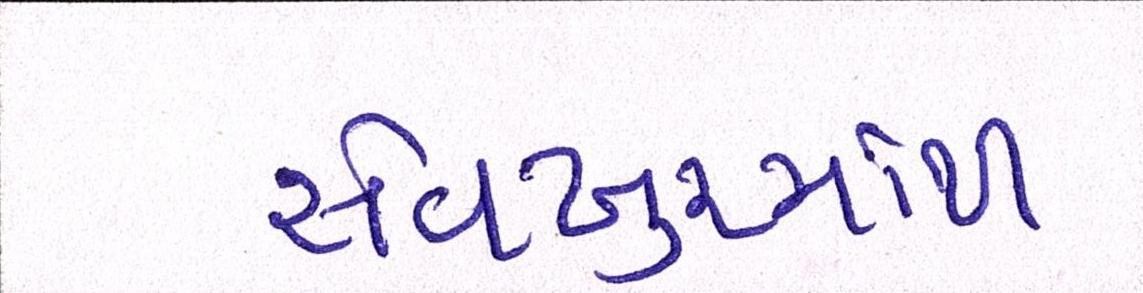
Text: સેવખુરમાંથી